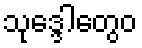
သုဒ္ဒေါတွေဝ